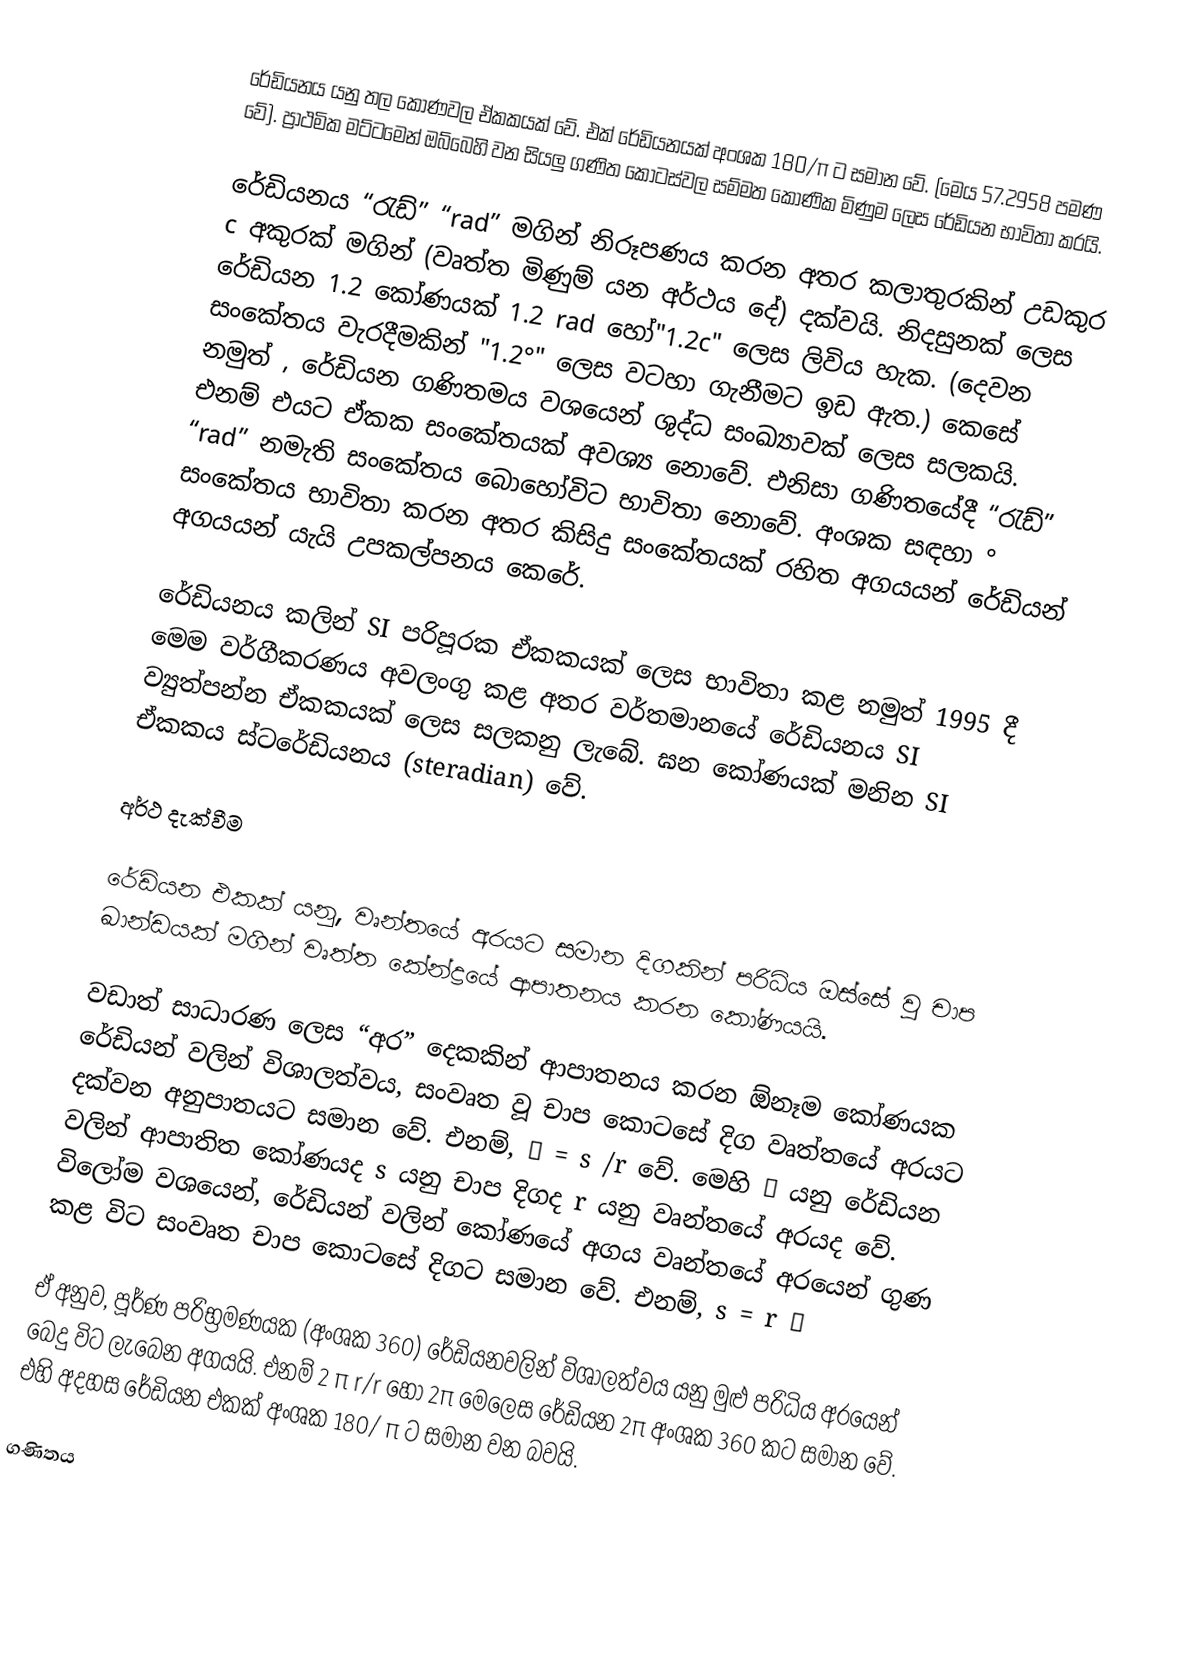
රේඩියනය යනු තල කෝණවල ඒකකයක් වේ. එක් රේඩියනයක් අංශක 180/π ට සමාන වේ. (මෙය 57.2958 පමණ වේ). ප්‍රාථමික මට්ටමෙන් ඔබ්බෙහි වන සියලු ගණිත කොටස්වල සම්මත කෝණික මිණුම ලෙස රේඩියන භාවිතා කරයි.

රේඩියනය “රැඩ්” “rad” මගින් නිරූපණය කරන අතර කල‍ාතුරකින් උඩකුර c අකුරක් මගින් (වෘත්ත මිණුම් යන අර්ථය දේ) දක්වයි. නිදසුනක් ලෙස රේඩියන 1.2 කෝණයක් 1.2 rad හෝ"1.2c" ලෙස ලිවිය හැක. (දෙවන සංකේතය වැරදීමකින් "1.2°" ලෙස වටහා ගැනීමට ඉඩ ඇත.) කෙසේ නමුත් , රේඩියන ගණිතමය වශයෙන් ශුද්ධ සංඛ්‍යාවක් ලෙස සලකයි. එනම් එයට ඒකක සංකේතයක් අවශ්‍ය නොවේ. එනිසා ගණිතයේදී “රැඩ්” “rad” නමැති සංකේතය බොහෝවිට භාවිතා නොවේ. අංශක සඳහා ° සංකේතය භාවිතා කරන අතර කිසිදු සංකේතයක් රහිත අගයයන් රේඩියන් අගයයන් යැයි උපකල්පනය කෙරේ.

රේඩියනය කලින් SI පරිපූරක ඒකකයක් ලෙස භාවිතා කළ නමුත් 1995 දී මෙම වර්ගීකරණය අවලංගු කළ අතර වර්තමානයේ රේඩියනය SI ව්‍යුත්පන්න ඒකකයක් ලෙස සලකනු ලැබේ. ඝන කෝණයක් මනින SI ඒකකය ස්ටරේඩියනය (steradian) වේ.

අර්ථ දැක්වීම

රේඩියන එකක් යනු, වෘන්තයේ අරයට සමාන දිගකින් පරිධිය ඔස්සේ වු චාප ඛාන්ඩයක් මගින් වෘත්ත කේන්ද්‍රයේ ආපාතනය කරන කෝණයයි.

වඩාත් සාධාරණ ලෙස “අර” දෙකකින් ආපාතනය කරන ඕනෑම කෝණයක රේඩියන් වලින් විශාලත්වය, සංවෘත වූ චාප කොට‍සේ දිග වෘත්තයේ අරයට දක්වන අනුපාතයට සමාන වේ. එනම්, θ = s /r වේ. මෙහි θ  යනු රේඩියන වලින් ආපාතිත කෝණයද s යනු චාප දිගද r යනු වෘන්තයේ අරයද වේ. විලෝම වශයෙන්, රේඩියන් වලින් කෝණයේ අගය වෘන්තයේ අරයෙන් ගුණ කළ විට සංවෘත චාප කොටසේ දිගට සමාන වේ. එනම්, s = r θ

ඒ අනුව, පූර්ණ පරිභ්‍රමණයක (අංශක 360) රේඩියනවලින් විශාලත්වය යනු මුළු පරිධිය අරයෙන් බෙදු විට ලැබෙන අගයයි. එනම් 2 π r/r හෝ 2π  මෙලෙස රේඩියන 2π   අංශක 360 කට සමාන වේ. එහි අදහස රේඩියන එකක්  අංශක 180/ π ට සමාන වන බවයි.

ගණිතය